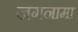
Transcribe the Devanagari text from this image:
जगनामा